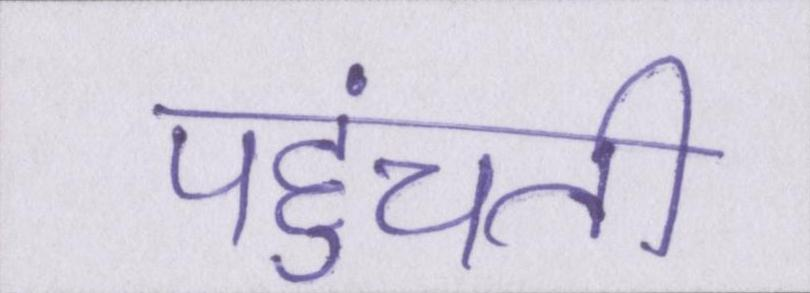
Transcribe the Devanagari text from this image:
पहुंचती